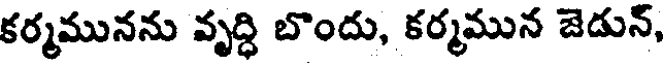
కర్మమునను వృద్ధి బొందు, కర్మమున జెడున్,